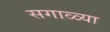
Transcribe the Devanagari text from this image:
सगाळ्या